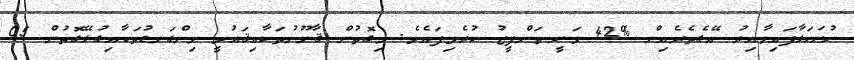
ހުށަހަޅާފައިވާއިރު އޭގެތެރެއިން %42 ވަނީ ތަންފީޒު ކުރެވިފައެވެ. މިގޮތުން ޤާނޫނުތަކާއިޤައުމީ މިންގަނޑުތަކާއިގުޅޭގޮތުން 05